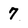
Character: 7